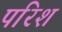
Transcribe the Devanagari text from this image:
परिश